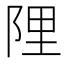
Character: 䧉